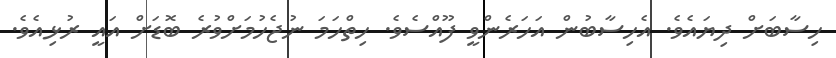
ހިސާބަށް ދިޔައެވެ. އެހިސާބުން އަހަރެންވީ ފޫއްސެވެ. ހިތްހަމަ ނުޖެހުމަށްވުރެ ބޮޑަށް އައީ ރުޅިއެވެ.